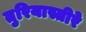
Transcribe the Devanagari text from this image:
तुरियास्तीरे